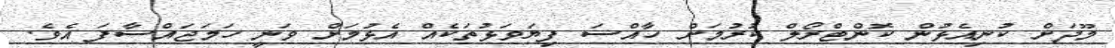
މޫދަށް ކުނިއެޅުން ކޮންޓްރޯލް ކުރުމަށް ހާއްސަ ފިޔަވަޅުތަކެއް އެޅުމަށް ވަނީ ހަމަޖައްސާފަ އެވެ.